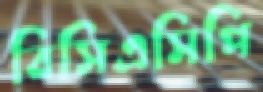
বিসিএসিপি